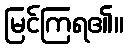
မြင်ကြရ၏။